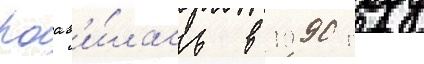
поав'и́лась в 1990 году